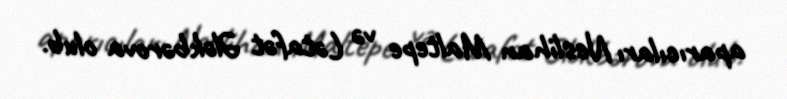
aparıcıları Neslihan Maltepe və Lətafət Ələkbərova olub.